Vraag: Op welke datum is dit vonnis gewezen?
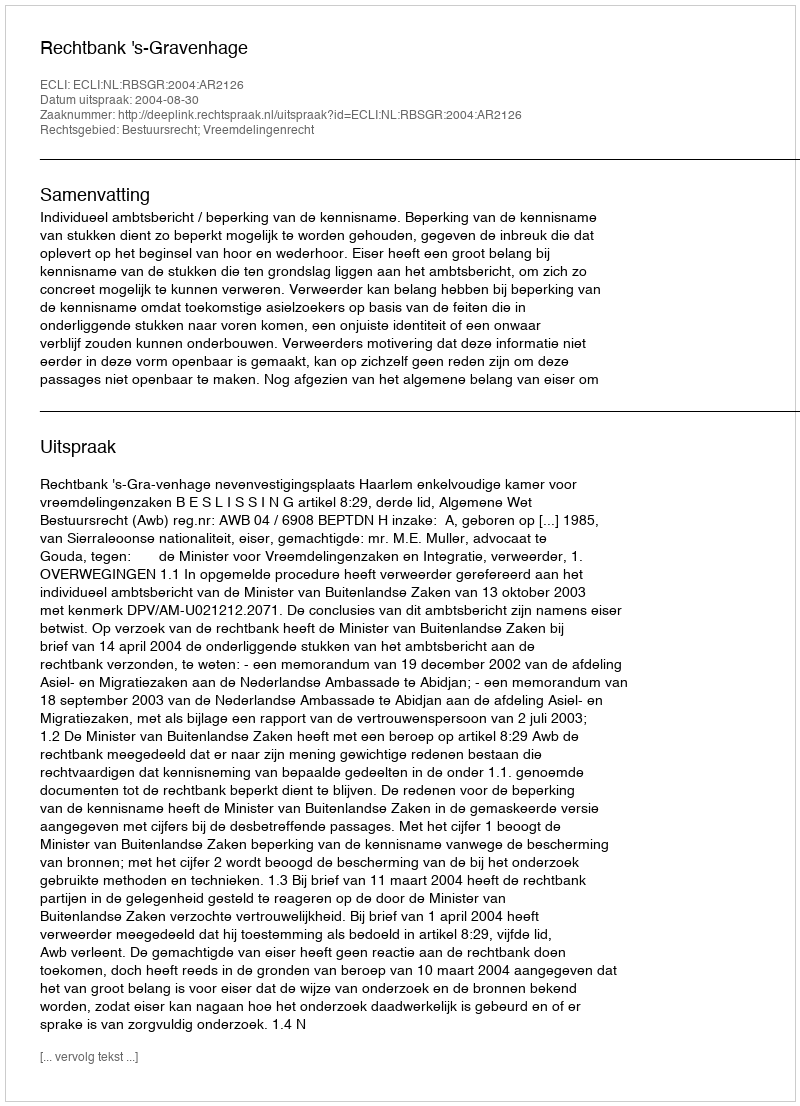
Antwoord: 2004-08-30